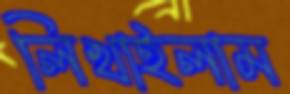
লিখাইলাম